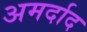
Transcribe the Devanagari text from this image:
अमर्दाद